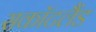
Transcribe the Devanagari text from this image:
सकॉटलैंड